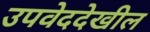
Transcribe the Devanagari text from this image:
उपवेददेखील